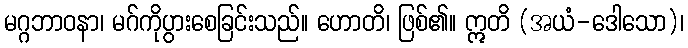
မဂ္ဂဘာဝနာ၊ မဂ်ကိုပွားစေခြင်းသည်။ ဟောတိ၊ ဖြစ်၏။ ဣတိ (အယံ-ဒေါသော)၊